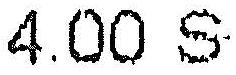
4.00 S